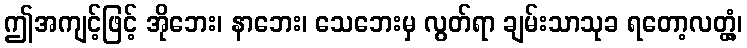
ဤအကျင့်ဖြင့် အိုဘေး၊ နာဘေး၊ သေဘေးမှ လွတ်ရာ ချမ်းသာသုခ ရတော့လတ္တံ့၊